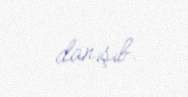
danışıb.